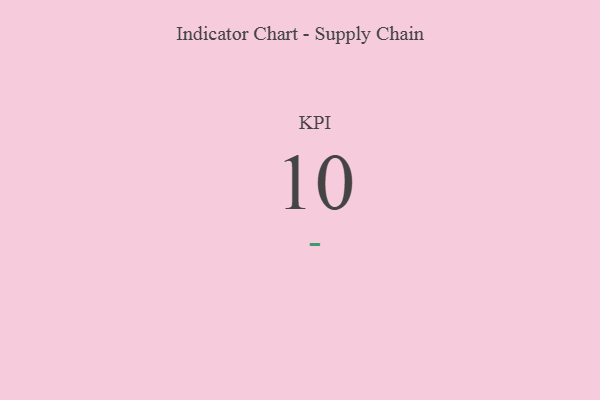
{"axis": {"x": "KPI", "y": "Value"}, "legend": [""], "data": [{"x": "KPI", "y": 10, "type": ""}]}